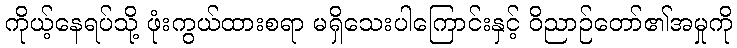
ကိုယ့်နေရပ်သို့ ဖုံးကွယ်ထားစရာ မရှိသေးပါကြောင်းနှင့် ဝိညာဉ်တော်၏အမှုကို